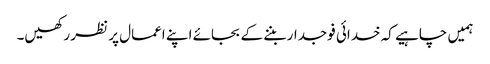
ہمیں چاہیے کہ خدائی فوجدار بننے کے بجائے اپنے اعمال پر نظر رکھیں۔